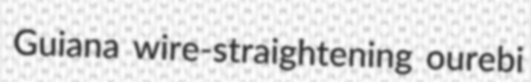
Guiana wire-straightening ourebi